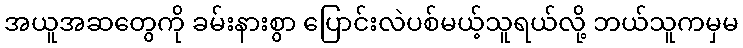
အယူအဆတွေကို ခမ်းနားစွာ ပြောင်းလဲပစ်မယ့်သူရယ်လို့ ဘယ်သူကမှမ